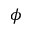
\phi